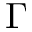
\Gamma